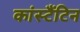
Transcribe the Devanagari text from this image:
कांस्टैंटिन